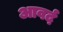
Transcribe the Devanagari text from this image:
आवर्द